Calcutta medical institutions reports 1879-81 [i.e.91]
Year: 1879
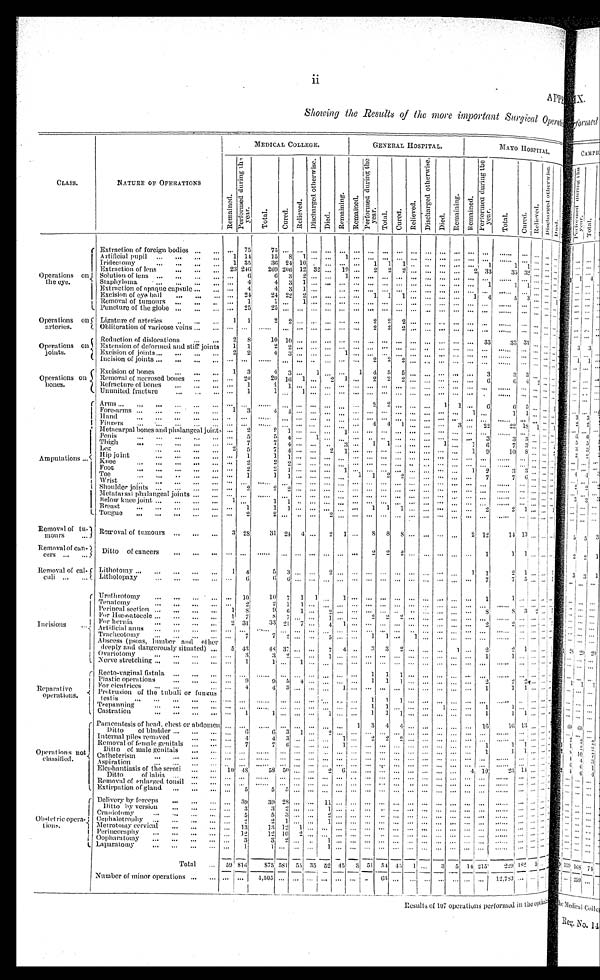
ii
APPE
C L A S S .
N A T U R E O F O P E R A T I O N S
MEDI CAL COLLEGE.
G E N E R A L H O S P I T A L .
M A Y O H O S P I T A L .
R e m a i n e d .
P e r f o r m e d d u r i n g t h e y e a r .
T o t a l .
C u r e d .
R e l i e v e d . D i s c h a r g e d o t h e r w i s e .
Di ed.
Re ma i n i n g .
R e m a i n e d .
P e r f o r m e d d u r i n g t h e y e a r .
Total.
Cured.
R e l i e v e d .
D i s c h a r g e d o t h e r w i s e .
D i e d . R e m a i n i n g .
R e m a i n e d .
P e r f o r m e d d u r i n g t h e y e a r .
T o t a l .
C u r e d .
R e l i e v e d .
D i s c h a r g e d o t h e r w i s e .
Di ed.
O p e r a t i o n s o n t h e e y e .
Extraction of foreign bodies
. . .
7 5
7 5 . . .
. . .
. . .
. . . . . .
. . .
. . .
. . . . . . . . .
. . .
. . .
. . .
. . . . . .
. . . . . . . . . . . . . . .
Artificial pupil
1
1 4
1 5 8
1
. . .
. . . 1
. . .
. . .
. . . . . . . . .
. . .
. . .
. . . . . .
. . .
. . .
. . . . . . . . . . . .
Iridectomy
1
3 5
3 6
2 4 1 0 . . .
. . .
. . .
. . . 1 1
1
. . .
. . .
. . .
. . . 1
1
1
. . . . . . . . . . . .
Extraction of lens
2 3
2 4 6
2 6 9
2 0 6
1 2
3 2 . . .
1 9 . . .
2
2
2 . . .
. . .
. . .
2
3 3
3 5
3 2 3 2 . . . . . . . . .
Solution of lens
. . .
6
6
3
2
. . .
. . . 1 . . .
. . .
. . . . . . . . .
. . .
. . .
. . .
. . .
. . .
. . . . . . . . . . . . . . .
Staphyloma
. . .
4
4
3
1
. . .
. . . . . . . . .
. . .
. . . . . . . . .
. . .
. . .
. . .
1
1
1
. . . . . . . . . . . .
Extraction of opaque capsule
. . .
4
4
3 1
. . .
. . . . . . . . .
. . .
. . . . . . . . .
. . .
. . .
. . .
. . .
. . .
. . . . . . . . . . . . . . .
Excision of eye ball
. . .
2 4
2 4
2 2
2 . . .
. . .
. . . . . .
. . .
1
1 1
. . .
. . .
1
4
5
3
. . . . . . . . . . . .
Removal of tumours
. . .
1
1
. . .
1
. . .
. . . . . . . . . . . .
. . .
. . .
. . .
. . .
. . . . . .
. . .
. . .
. . .
. . . . . . . . . . . .
Puncture of the globe
. . .
2 5
2 5 . . .
. . .
. . . . . .
. . . . . .
. . .
. . .
. . .
. . .
. . . . . .
. . .
. . .
. . .
. . . . . . . . . . . . . . .
Operations on arteries. Ligature of arteries
1
1
2
2 . . .
. . .
. . . . . . . . .
2
2 2
. . .
. . .
. . .
. . .
. . .
. . .
. . .
. . . . . . . . . . . .
Obl i terati on of vari cose vei ns
. . . . . .
. . .
. . .
. . .
. . .
. . .
. . . . . .
2 2
2 . . .
. . .
. . . . . .
. . .
. . .
. . .
. . . . . . . . . . . . . . .
O p e r a t i o n s o n j o i n t s . Reduction of dislocations
2
8
1 0
1 0 . . .
. . .
. . .
. . . . . .
. . .
. . . . . . . . .
. . .
. . .
. . .
3 3
3 3
3 3 . . . . . . . . . . . .
Extension of deformed and stiff joints
1
1
2
2 . . .
. . . . . .
. . . . . .
. . .
. . .
. . .
. . . . . .
. . .
. . .
. . .
. . .
. . . . . . . . . . . . . . .
Excision of joints
2
2
4
3 . . .
. . .
. . . 1
. . .
. . .
. . . . . . . . .
. . .
. . .
. . .
. . .
. . .
. . . . . . . . . . . . . . .
Incision of joints
. . .
. . .
. . .
. . .
. . .
. . .
. . . . . . . . .
2
2 2
. . .
. . . . . .
. . .
. . .
. . .
. . .
. . . . . . . . . . . .
O p e r a t i o n s o n b o n e s . Excision of bones
1
3
4 3
. . .
1
. . . . . . 1
4
5 5
. . .
. . .
. . .
. . .
3
3
3
. . . . . . . . . . . .
Removal of necrosed bones
. . .
2 0
2 0 1 6
1
. . . 2
1 . . .
2
2
2 . . .
. . .
. . .
. . .
6
6
4
2 . . . . . . . . .
Refracture of bones
. . .
1
1
1
. . .
. . .
. . . . . . . . .
. . .
. . .
. . .
. . .
. . .
. . .
. . .
. . .
. . .
. . .
. . . . . . . . . . . .
Ununited fracture
. . .
1
1
. . .
1
. . .
. . . . . . . . .
. . .
. . . . . . . . .
. . .
. . .
. . .
. . .
. . .
. . .
. . . . . . . . . . . . . . .
A m p u t a t i o n s
Arms
. . .
. . .
. . .
. . .
. . .
. . .
. . . . . . . . .
2
2
. . . . . . . . .
1
1
. . .
6
6
5 . . . . . . 1
Fore-arms
1
3
4
4
. . .
. . . . . .
. . .
. . . . . .
. . .
. . .
. . .
. . .
. . . . . .
1
. . .
1
1
. . . . . . . . .
Hand
. . .
. . .
. . .
. . . . . .
. . .
. . .
. . . . . .
. . .
. . .
. . .
. . .
. . .
. . .
. . .
. . .
. . .
. . .
. . . . . . . . . . . .
Fingers
. . .
. . .
. . .
. . . . . .
. . . . . .
. . . . . .
4
4
1
. . . . . .
. . .
3
. . .
2 2
2 2 1 8 1 . . . 1
Metacarpal bones and phalangeal joint
. . .
2
2
1 . . .
. . .
. . . 1 . . .
. . .
. . . . . . . . .
. . .
. . .
. . .
. . .
. . .
. . . . . . . . . . . . . . .
Penis
. . .
5
5
4 . . .
1
. . . . . . . . .
. . .
. . .
. . .
. . .
. . .
. . .
. . .
3
3
3 . . . . . . . . .
Thigh
. . .
7
7
4 . . .
. . .
. . .
3 . . .
1
1 . . . . . .
. . .
1 . . .
1
6
7
3 . . . . . . . . .
Leg
2
5
7
4 . . .
. . .
2
1 . . .
. . .
. . . . . . . . .
. . .
. . .
. . .
1
9
1 0 8 . . . . . . . . .
Hip joint
. . .
1
1
1 . . .
. . .
. . . . . . . . .
. . .
. . . . . . . . .
. . .
. . . . . .
. . .
. . .
. . .
. . . . . . . . . . . .
Knee
. . .
2
2
2 . . .
. . . . . .
. . . . . .
. . .
. . . . . . . . .
. . .
. . .
. . .
. . .
. . .
. . . . . . . . . . . . . . .
Foot
. . .
2
2
1 . . .
. . .
. . . 1 . . .
. . .
. . . . . . . . .
. . .
. . .
. . .
1
2
3
3 . . . . . . . . .
Toe
. . .
1
1
1 . . .
. . .
. . . . . . 1
1
2 2
. . .
. . .
. . .
. . .
. . .
7
7
6 . . . . . . . . .
Wrist
. . .
. . .
. . .
. . . . . .
. . .
. . .
. . . . . .
. . .
. . .
. . .
. . .
. . .
. . .
. . .
. . .
. . .
. . .
. . . . . . . . . . . .
Shoulder joints
. . .
2
2
2 . . .
. . .
. . . . . . . . .
. . .
. . . . . . . . .
. . .
. . .
. . . . . . . . .
. . .
. . .
. . .
. . .
. . .
Metatarsal phalangeal joints
. . .
. . .
. . .
. . . . . .
. . .
. . . . . . . . .
. . .
. . .
. . .
. . .
. . .
. . .
. . . . . .
. . .
. . .
. . . . . . . . . . . .
Below knee joint
1
. . .
1
1 . . .
. . .
. . . . . . . . .
. . .
. . . . . . . . .
. . .
. . .
. . .
. . .
. . .
. . .
. . . . . . . . . . . .
Breast
. . .
1
1
1 . . .
. . .
. . . . . . 1
1
1 . . . . . .
. . .
. . .
. . .
. . .
2
2
1 . . . . . . 1
Tongue
. . .
2
2
. . . . . .
. . .
2
. . . . . .
. . .
. . . . . .
. . .
. . .
. . .
. . .
. . .
. . .
. . .
. . . . . . . . . . . .
Removal of tu-mours Removal of tumours
3
2 8
3 1
2 4
4 . . .
2
1 . . .
8
8
8 . . .
. . .
. . .
. . .
2
1 2
1 4 1 3 . . . . . . . . .
Removal of can-cers
Ditto of cancers
. . .
. . .
. . .
. . . . . .
. . .
. . .
. . . . . .
2
2 2
. . .
. . .
. . .
. . .
. . .
1
1
1 . . . . . . . . .
Removal of cal-culi Lithotomy
1
4
5
3 . . .
. . .
2
. . . . . . . . .
. . . . . .
. . .
. . .
. . .
. . .
1
1
2
1 . . . . . . 1
Litholopaxy
. . .
6
6
6 . . .
. . .
. . . . . . . . .
. . .
. . . . . . . . .
. . .
. . .
. . .
. . .
7
7
5 . . . . . . 1
I n c i s i o n s Urethrotomy
. . .
1 0
1 0 7
1
1
. . . 1 . . .
. . .
. . . . . .
. . .
. . .
. . . . . .
. . .
1
1
. . . . . . . . . . . .
Tenatomy
. . .
2
2
1
1
. . .
. . . . . . . . .
. . .
. . . . . . . . .
. . .
. . .
. . .
. . .
. . .
. . .
. . . . . . . . . . . .
Perineal section
1
8
9
6
1 . . .
2 . . . . . .
. . .
. . . . . . . . .
. . .
. . .
. . .
. . .
8
8
3 2 . . . 2
Ffor Hœmatocele
1
7
8
7
. . .
. . .
1
. . . . . .
2
2 2
. . .
. . .
. . .
. . .
. . .
. . .
. . . . . .
. . . . . . . . .
For hernia
2
3 1
3 3 2 1
7
. . .
4
1 . . .
. . .
. . . . . . . . .
. . .
. . .
. . .
. . .
2
2 . . .
. . . . . . . . .
Artificial anus
. . .
. . .
. . .
. . . . . .
. . .
. . .
. . . . . .
. . . . . .
. . . . . . . . .
. . .
. . . . . .
. . .
. . . . . .
. . . . . . . . .
Tracheotomy
. . .
7
7
2 . . .
. . .
5
. . . . . .
1
1 . . . 1
. . .
. . .
. . .
. . .
. . .
. . . . . .
. . . . . . . . .
Abscess (psoas, l umber and other deepl y and dangerousl y si tuated)
5 4 3
4 8 3 7 . . . . . .
7
4 . . .
3
3
2 . . .
. . .
. . .
1 . . .
2
2
1 . . . . . . 1
Ov a r i o t o my
. . .
3
3
2 . . .
. . .
1
. . . . . .
. . . . . .
. . .
. . .
. . .
. . .
. . .
. . .
1
1
. . . . . . . . . 1
Nerve stretching
. . .
1
1
. . . 1
. . .
. . . . . . . . .
. . .
. . .
. . .
. . .
. . .
. . .
. . .
. . .
. . .
. . .
. . . . . . . . . . . .
R e p a r a t i v e o p e r a t i o n s . Recto-vaginal fistula
. . .
. . .
. . . . . .
. . .
. . .
. . . . . . . . .
1
1
1 . . .
. . .
. . .
. . .
. . .
. . .
. . .
. . . . . . . . . . . .
Plastic operations
. . .
9
9
5 4
. . . . . .
. . . . . .
1
1 1
. . .
. . .
. . .
. . .
. . .
2
2
2 . . .
. . . . . .
For cicatrices
. . .
4
4
3 . . .
. . .
. . . 1 . . .
. . .
. . . . . . . . .
. . .
. . .
. . .
. . .
1
1
1 . . . . . . . . .
Protrusion of the tubuli or fungus testis
. . .
. . .
. . . . . . . . .
. . .
. . .
. . . . . .
1
1
1 . . .
. . .
. . .
. . .
. . .
. . .
. . .
. . . . . . . . . . . .
Trepanning
. . .
. . .
. . .
. . . . . .
. . .
. . .
. . . . . .
1
1 . . .
. . .
. . .
1
. . .
. . .
1
1
1 . . . . . . . . .
Castration
. . .
1
1
. . . . . .
. . .
1
. . . . . .
1
1 1
. . .
. . .
. . .
. . .
. . .
1
1
1 . . . . . . . . .
O p e r a t i o n s n o t c l a s s i f i e d . Paracentesis of head, chest or abdomen
. . .
. . .
. . .
. . . . . .
. . .
. . .
. . .
1
3
4 4
. . .
. . .
. . .
. . .
. . .
1 6
1 6 1 3 . . . . . . . . .
Ditto of bladder
. . .
6
6
3
1 . . .
2 . . . . . .
. . .
. . .
. . . . . .
. . .
. . .
. . .
. . .
. . .
. . . . . . . . . . . . . . .
Internal piles removed
. . .
4
4
3
. . .
. . .
. . . 1 . . .
2
2 2
. . .
. . .
. . .
. . .
. . .
. . .
. . .
. . . . . . . . . . . .
Removal of f emal e geni t al s
. . .
7
7
6 . . .
. . .
. . .
1 . . .
. . .
. . . . . . . . .
. . .
. . .
. . .
. . .
1
1 1
. . . . . . . . .
D i t t o o f m a l e g e n i t a l s
. . .
. . .
. . .
. . .
. . .
. . .
. . . . . . . . .
. . .
. . .
. . . . . .
. . .
. . .
. . .
. . .
1
1 1 . . .
. . . . . .
Catheterism
. . .
. . .
. . .
. . . . . .
. . .
. . .
. . . . . .
. . .
. . .
. . . . . .
. . .
. . .
. . .
. . .
. . .
. . . . . . . . . . . . . . .
A s p i r a t i o n
. . .
. . .
. . .
. . . . . .
. . . . . .
. . . . . .
. . .
. . . . . .
. . .
. . .
. . .
. . . . . .
. . .
. . .
. . . . . . . . . . . .
Elephantiasis of the scroti
1 0
4 8
5 8 5 0 . . .
. . .
2
6 . . .
. . .
. . . . . .
. . .
. . .
. . .
. . .
4
1 9
2 3 1 4
. . . . . . . . .
Ditto of labia
. . .
. . .
. . .
. . . . . .
. . .
. . .
. . . . . .
. . .
. . .
. . .
. . .
. . .
. . .
. . . . . .
. . .
. . .
. . . . . . . . . . . .
Removal of enlarged tonsil
. . .
. . .
. . .
. . . . . .
. . .
. . .
. . . . . .
. . .
. . .
. . .
. . .
. . .
. . .
. . .
. . .
. . .
. . .
. . . . . . . . . . . .
Extirpation of gland
. . .
5
5
5 . . .
. . . . . .
. . .
. . .
. . .
. . . . . . . . .
. . .
. . .
. . . . . .
. . .
. . .
. . . . . . . . . . . .
O b s t e t r i c o p e r a t i o n s . Delivery by forceps
. . .
3 9
3 9 2 8 . . .
. . .
1 1 . . .
. . .
. . .
. . .
. . .
. . .
. . .
. . .
. . .
. . .
. . .
. . .
. . . . . . . . . . . .
D i t t o b y v e r s i o n
. . .
3
3
2 . . .
. . .
1 . . .
. . .
. . . . . .
. . .
. . .
. . .
. . .
. . .
. . .
. . .
. . . . . . . . . . . . . . .
Craniotomy
. . .
5
5
3 . . .
. . .
2
. . . . . .
. . . . . .
. . . . . .
. . .
. . .
. . .
. . .
. . .
. . . . . . . . . . . . . . .
Cephalotrophy
. . .
2
2
1 . . .
. . .
1
. . . . . .
. . . . . .
. . . . . .
. . .
. . .
. . .
. . .
. . .
. . .
. . . . . . . . . . . .
Metrotomy cervical
. . .
1 3
1 3 1 2
1 . . .
. . .
. . . . . .
. . . . . .
. . .
. . .
. . .
. . .
. . .
. . .
. . .
. . .
. . . . . . . . . . . .
Perineoraphy
. . .
1 2
1 2 1 0
2 . . .
. . .
. . . . . .
. . . . . .
. . . . . .
. . .
. . .
. . .
. . .
. . .
. . .
. . . . . . . . . . . .
Oopharatomy
. . .
3
3
2
. . .
. . .
1
. . . . . .
. . . . . .
. . . . . .
. . .
. . .
. . .
. . .
. . .
. . .
. . . . . . . . . . . .
Laparatomy
. . . 1
1
. . .
. . .
. . .
1
. . . . . .
. . . . . .
. . . . . .
. . .
. . .
. . .
. . .
. . .
. . .
...
. . . . . . . . .
T o t a l
5 9
8 1 6
8 7 5
5 8 1
5 5 3 5
5 2 4 5
3
5 1
5 4 4 5 1
. . .
3 5
1 4
2 1 5
2 2 9 1 8 2 5 . . . . . .
N u m b e r o f m i n o r o p e r a t i o n s
. . .
. . .
4 , 5 0 5 . . . . . .
. . .
. . .
. . .
. . .
. . .
6 3 . . . . . . . . . . . . . . . . . .
. . .
1 2 , 7 8 3 . . . . . . . . . . . .
Results of 107 operations performed in the